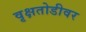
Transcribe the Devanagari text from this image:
वृक्षतोडीवर